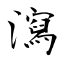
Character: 瀉